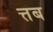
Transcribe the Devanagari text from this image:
त्तब